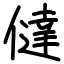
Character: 㒓